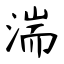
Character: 湍